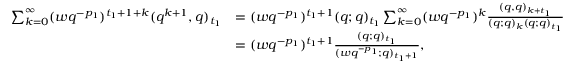
\begin{array} { r l } { \sum _ { k = 0 } ^ { \infty } ( w q ^ { - p _ { 1 } } ) ^ { t _ { 1 } + 1 + k } ( q ^ { k + 1 } , q ) _ { t _ { 1 } } } & { = ( w q ^ { - p _ { 1 } } ) ^ { t _ { 1 } + 1 } ( q ; q ) _ { t _ { 1 } } \sum _ { k = 0 } ^ { \infty } ( w q ^ { - p _ { 1 } } ) ^ { k } \frac { ( q , q ) _ { k + t _ { 1 } } } { ( q ; q ) _ { k } ( q ; q ) _ { t _ { 1 } } } } \\ & { = ( w q ^ { - p _ { 1 } } ) ^ { t _ { 1 } + 1 } \frac { ( q ; q ) _ { t _ { 1 } } } { ( w q ^ { - p _ { 1 } } ; q ) _ { t _ { 1 } + 1 } } , } \end{array}